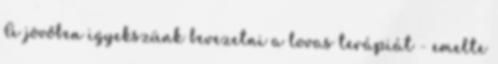
A jövőben igyekszünk bevezetni a lovas terápiát - emelte